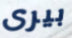
بيرى